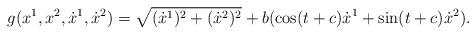
LaTeX: \begin{align*}g(x^{1},x^{2},\dot{x}^{1},\dot{x}^{2})=\sqrt{(\dot{x}^{1})^2+(\dot{x}^{2})^2}+b(\cos (t+c) \dot{x}^1 +\sin (t+c) \dot{x}^2).\end{align*}